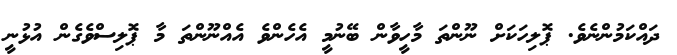
ދައްކަމުންނެވެ. ޕޮލިހަކަށް ނޫންތަ މާހީވާން ބޭނުމީ އެހެންވެ އެއްނޫންތަ މާ ޕޮލިސްވެގެން އުޅުނީ